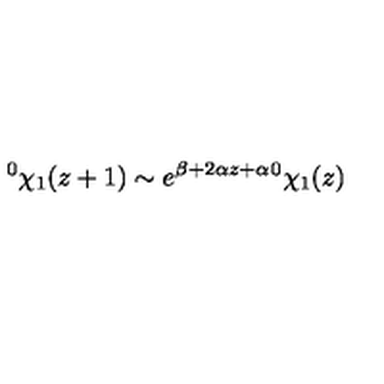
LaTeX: ^ { 0 } \chi _ { 1 } ( z + 1 ) \sim e ^ { \beta + 2 \alpha z + \alpha } ^ { 0 } \chi _ { 1 } ( z )